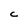
Character: C